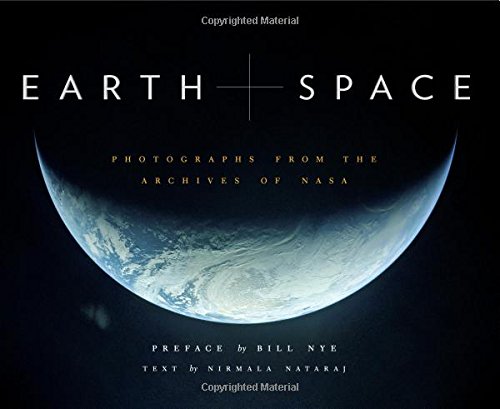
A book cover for Earth and Space: Photographs from the Archives of NASA; Nirmala Nataraj; Arts & Photography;